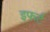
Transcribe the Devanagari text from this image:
इफर्ट